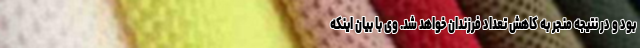
بود و در نتیجه منجر به کاهش تعداد فرزندان خواهد شد. وی با بیان اینکه